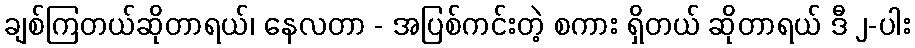
ချစ်ကြတယ်ဆိုတာရယ်၊ နေလတာ - အပြစ်ကင်းတဲ့ စကား ရှိတယ် ဆိုတာရယ် ဒီ ၂-ပါး